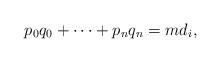
LaTeX: \begin{align*}p_0 q_0 +\cdots +p_n q_n = m d_i,\end{align*}